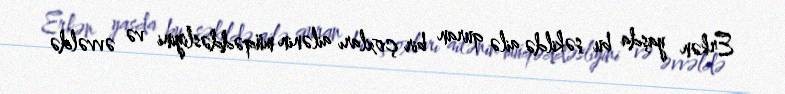
Erkən yaşda bu şəkildə ailə quran bir çoxları ailənin müqəddəsliyini və əvvəldə